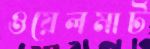
ওয়েলমার্ট